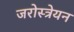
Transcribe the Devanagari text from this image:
जरोस्त्रेयन